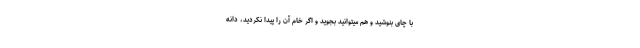
با چای بنوشید و هم میتوانید بجوید و اگر خام آن را پیدا نکردید، دانه